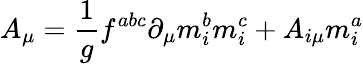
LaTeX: A_{\mu}=\frac 1gf^{abc}\partial_{\mu}m_{i}^{b}m_{i}^{c}+A_{i\mu}m_{i}^{a}